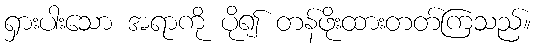
ရှားပါးသော အရာကို ပို၍ တန်ဖိုးထားတတ်ကြသည်။